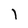
Character: l